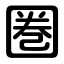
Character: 圏